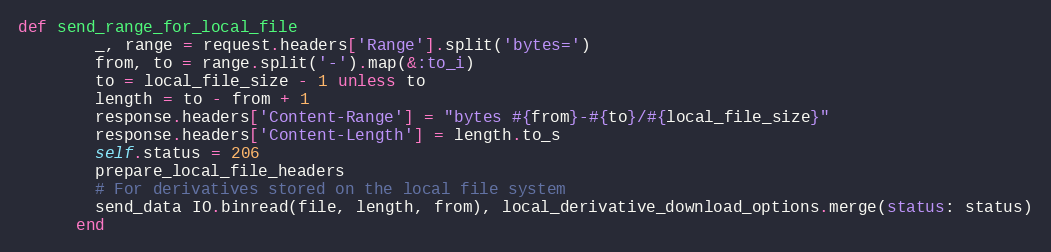
Language: Ruby
def send_range_for_local_file
        _, range = request.headers['Range'].split('bytes=')
        from, to = range.split('-').map(&:to_i)
        to = local_file_size - 1 unless to
        length = to - from + 1
        response.headers['Content-Range'] = "bytes #{from}-#{to}/#{local_file_size}"
        response.headers['Content-Length'] = length.to_s
        self.status = 206
        prepare_local_file_headers
        # For derivatives stored on the local file system
        send_data IO.binread(file, length, from), local_derivative_download_options.merge(status: status)
      end